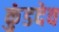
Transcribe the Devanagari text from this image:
कुंडदेव